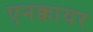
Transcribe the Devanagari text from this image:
एनक्वायर